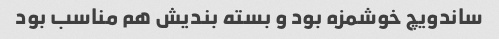
ساندویچ خوشمزه بود و بسته بندیش هم مناسب بود